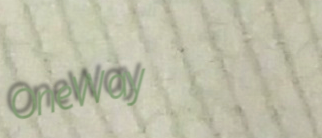
OneWay